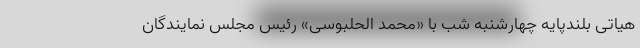
هیاتی بلندپایه چهارشنبه شب با «محمد الحلبوسی» رئیس مجلس نمایندگان